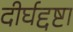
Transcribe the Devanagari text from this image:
दीर्घद्दष्टा